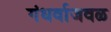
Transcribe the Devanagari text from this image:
गंधर्वाजवळ